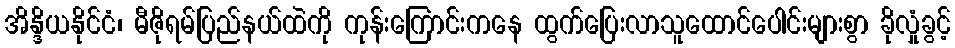
အိန္ဒိယနိုင်ငံ၊ မီဇိုရမ်ပြည်နယ်ထဲကို ကုန်းကြောင်းကနေ ထွက်ပြေးလာသူထောင်ပေါင်းများစွာ ခိုလှုံခွင့်